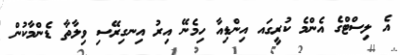
އެ ލިސްޓްގެ އެންމެ ކުރީގައ އިންޑިއާ ހިމެނޭ އިރު އިނގިރޭސި ވިލާތާ ޑެންމާކުން